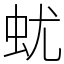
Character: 蚘